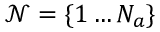
\mathcal { N } = \{ 1 \ldots N _ { a } \}